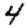
Digit: 4